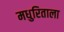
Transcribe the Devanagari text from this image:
मधुरिताला